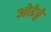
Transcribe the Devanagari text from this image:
ओडेट्टे